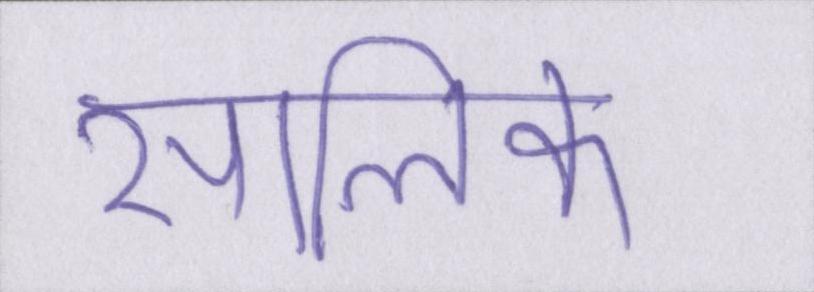
सालिक